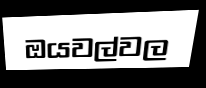
ඔයවල්වල